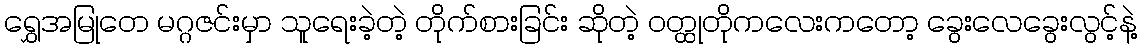
ရွှေအမြုတေ မဂ္ဂဇင်းမှာ သူရေးခဲ့တဲ့ တိုက်စားခြင်း ဆိုတဲ့ ဝတ္ထုတိုကလေးကတော့ ခွေးလေခွေးလွင့်နဲ့